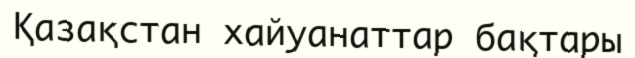
Қазақстан хайуанаттар бақтары